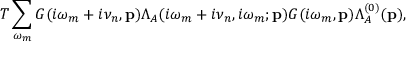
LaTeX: T \sum _ { \omega _ { m } } G ( i \omega _ { m } + i \nu _ { n } , { \mathbf p } ) \Lambda _ { A } ( i \omega _ { m } + i \nu _ { n } , i \omega _ { m } ; { \mathbf p } ) G ( i \omega _ { m } , { \mathbf p } ) \Lambda _ { A } ^ { ( 0 ) } ( { \mathbf p } ) ,